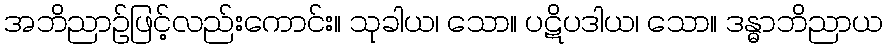
အဘိညာဉ်ဖြင့်လည်းကောင်း။ သုခါယ၊ သော။ ပဋိပဒါယ၊ သော။ ဒန္ဓာဘိညာယ